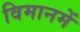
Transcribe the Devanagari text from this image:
विमानमें